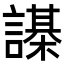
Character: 𧬗